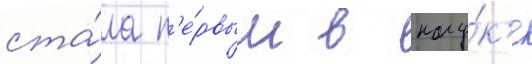
ста́ла п'е́рвым в нау́к'е